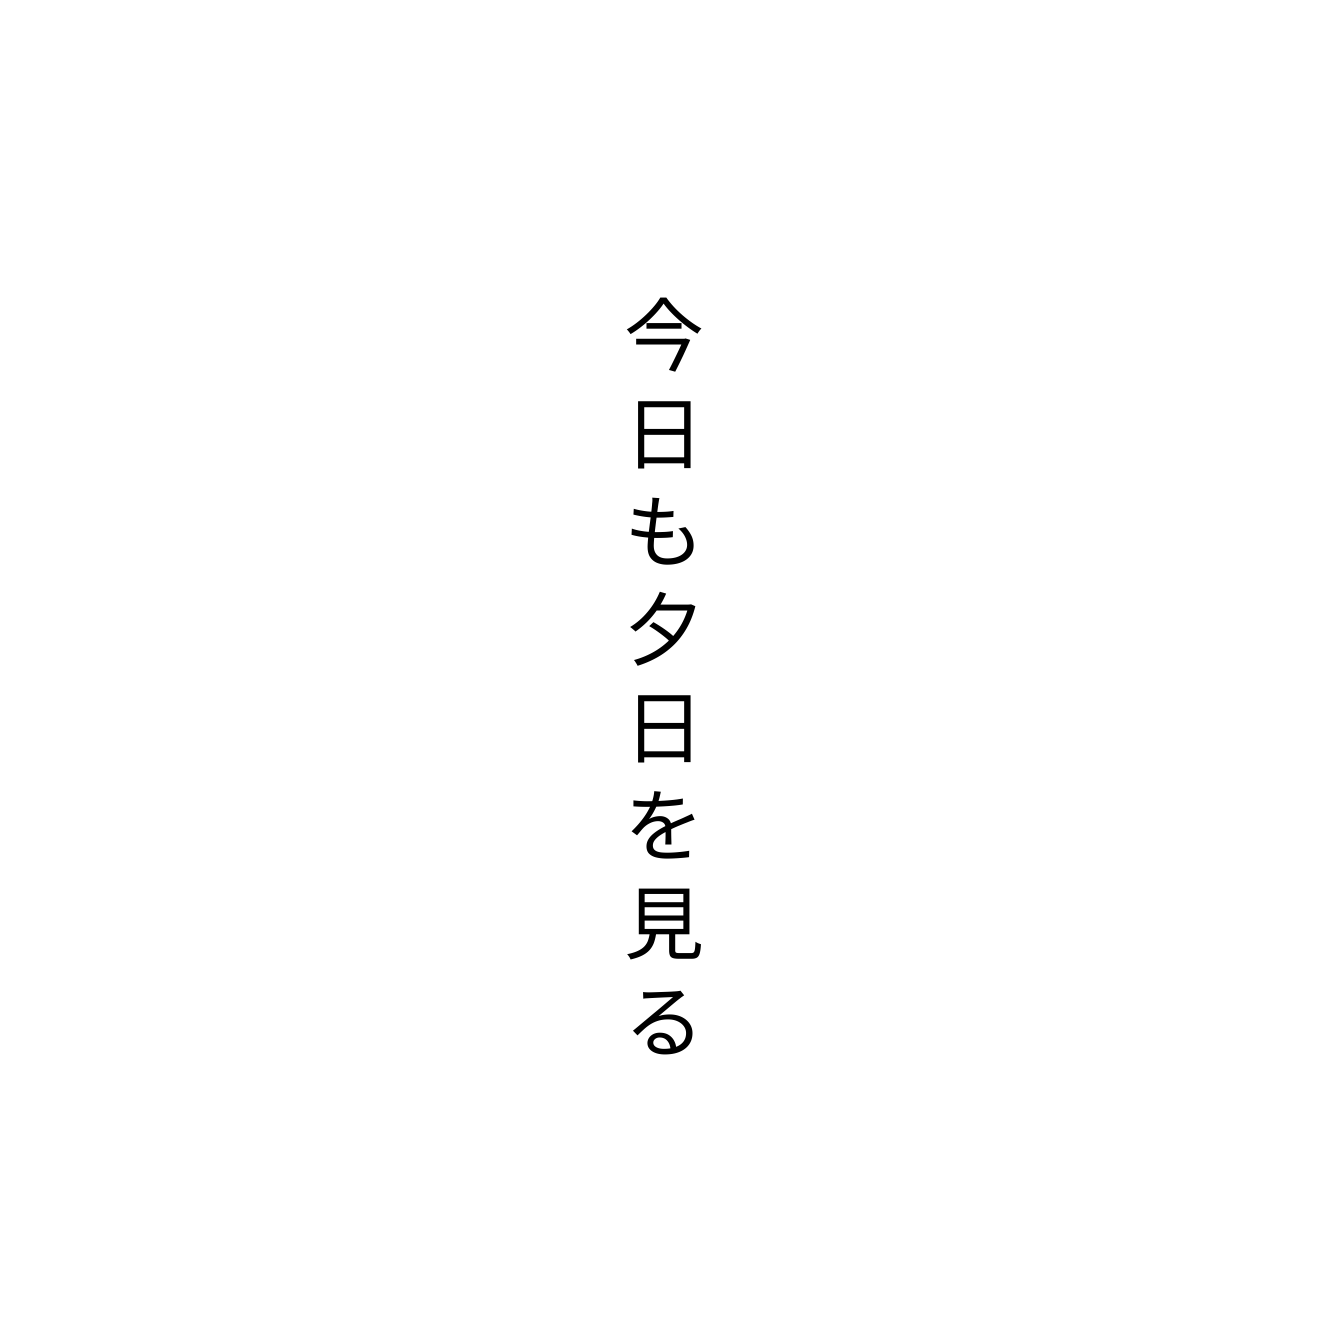
今日も夕日を見る